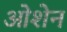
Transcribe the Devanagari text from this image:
ओशेन